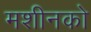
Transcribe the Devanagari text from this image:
मशीनको